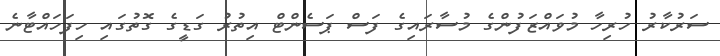
ސަރުކާރު ހުރިހާ މުވައްޒަފުންގެ މުސާރައިގެ ފަސް ޕަސެންޓް އިތުރު ގަޑީގެ ގޮތުގައި ހިފަހައްޓާނެ